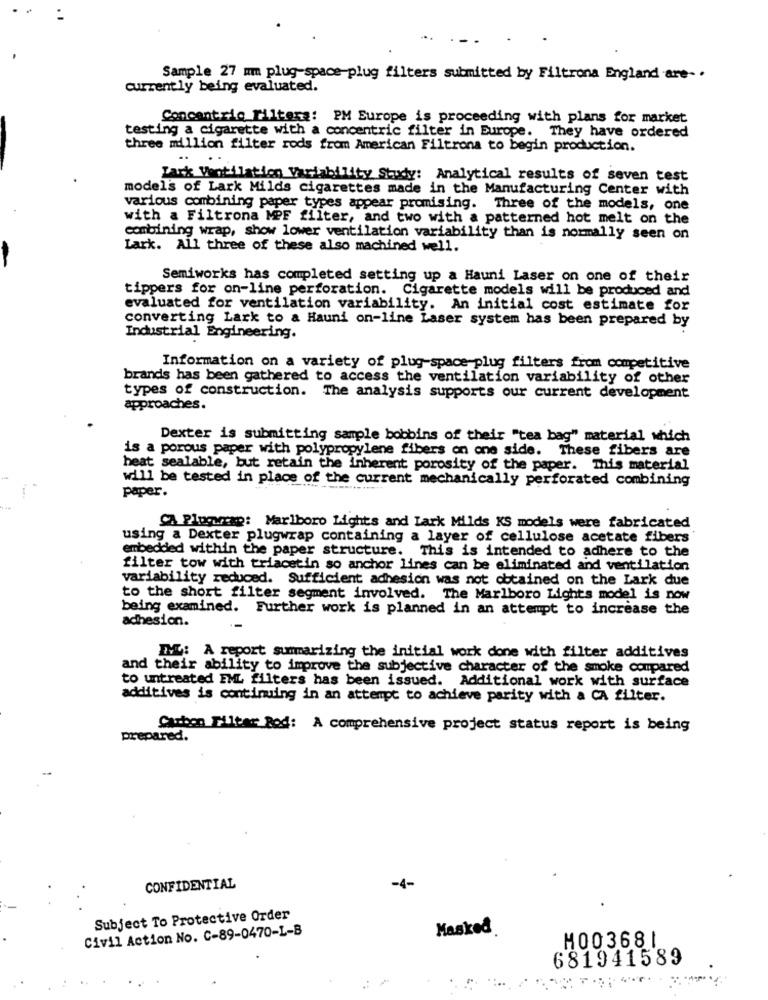
Sample 27 mm plug-space-plug filters submitted by Filtrona England are- .
currently being evaluated.
Concentric Filters: PM Europe is proceeding with plans for market
testing a cigarette with a concentric filter in Europe. They have ordered
three million filter rods from American Filtrona to begin production.
Park Ventilation Variability Study: Analytical results of seven test
model's of Lark Milds cigarettes made in the Manufacturing Center with
various combining paper types appear promising. Three of the models, one
with a Filtrona MPF filter, and two with a patterned hot melt on the
combining wrap, show lower ventilation variability than is normally seen on
Lark. All three of these also machined well.
Semiworks has completed setting up a Hauni Laser on one of their
tippers for on-line perforation. Cigarette models will be produced and
evaluated for ventilation variability. An initial cost estimate for
converting Lark to a Hauni on-line Laser system has been prepared by
Industrial Engineering.
Information on a variety of plug-space-plug filters from competitive
brands has been gathered to access the ventilation variability of other
types of construction. The analysis supports our current development
approaches.
Dexter is submitting sample bobbins of their "tea bag" material which
is a porous paper with polypropylene fibers on one side. These fibers are
heat sealable, but retain the inherent porosity of the paper. This material
will be tested in place of the current mechanically perforated combining
paper.
CA Plogwrap: Marlboro Lights and Lark Milds KS models were fabricated
using a Dexter plugwrap containing a layer of cellulose acetate fibers
embedded within the paper structure. This is intended to adhere to the
filter tow with triacetin so anchor lines can be eliminated and ventilation
variability reduced. Sufficient adhesion was not obtained on the Lark due
to the short filter segment involved. The Marlboro Lights model is now
being examined. Further work is planned in an attempt to increase the
adhesion.
IM: A report summarizing the initial work done with filter additives
and their ability to improve the subjective character of the smoke compared
to untreated EML filters has been issued. Additional work with surface
additives is continuing in an attempt to achieve parity with a CA filter.
Carbon Filter Bod: A comprehensive project status report is being
prepared.
CONFIDENTIAL
-4-
Subject To Protective Order
Civil Action No. C-89-0470-L-B
Masked
H003681
681941589